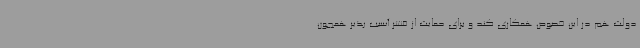
دولت هم در این خصوص همکاری کند و برای حمایت از قشر آسیب پذیر همچون